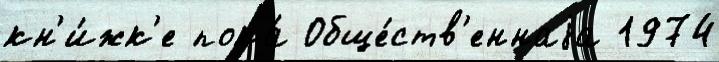
кн'и́жк'е пока́ Обще́ств'еннаjа 1974